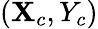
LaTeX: (\mathbf{X}_{c},Y_{c})